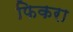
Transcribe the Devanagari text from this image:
फिकरा